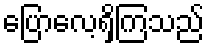
ပြောလေ့ရှိကြသည်